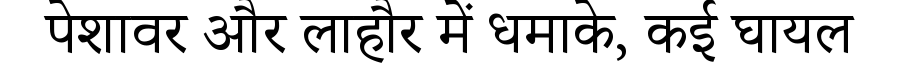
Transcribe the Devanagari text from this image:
पेशावर और लाहौर में धमाके, कई घायल